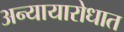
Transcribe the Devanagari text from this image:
अन्यायारोधात